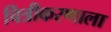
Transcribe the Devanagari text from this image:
चित्रीकरणाला